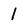
Character: 1